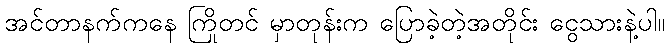
အင်တာနက်ကနေ ကြိုတင် မှာတုန်းက ပြောခဲ့တဲ့အတိုင်း ငွေသားနဲ့ပါ။